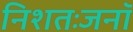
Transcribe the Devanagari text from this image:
निशतःजनॉ